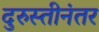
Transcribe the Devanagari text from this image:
दुरुस्तीनंतर